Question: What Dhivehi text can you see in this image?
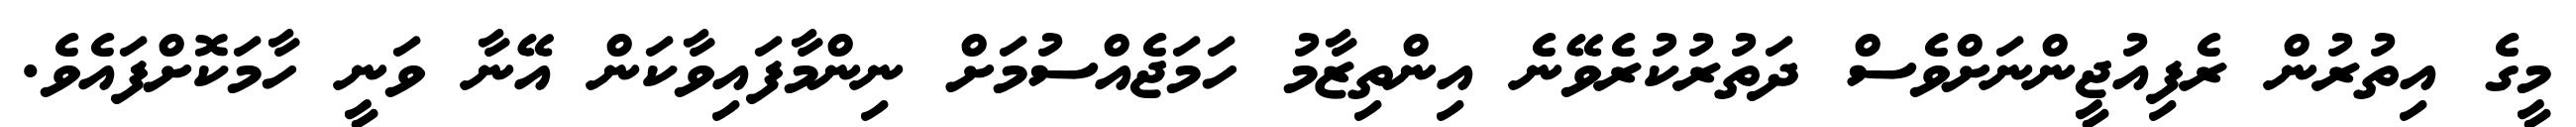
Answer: މީގެ އިތުރުން ރެފިއުޖީންނަށްވެސް ދަތުރުކުރެވޭނެ އިންތިޒާމު ހަމަޖެއްސުމަށް ނިންމާފައިވާކަން އޭނާ ވަނީ ހާމަކޮށްފައެވެ.